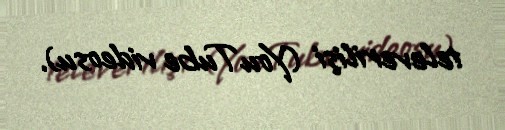
televerilişi (YouTube videosu).